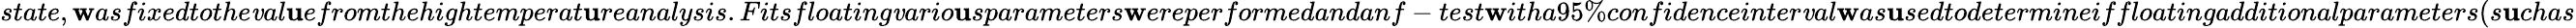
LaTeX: state,\mathbf{w}asfixedtothe\mathit{v}al\mathbf{u}efromthehightemperat\mathbf{u}reanalysis.Fitsfloating\mathit{v}ario\mathbf{u}sparameters\mathbf{w}ereperformedandanf-test\mathbf{w}itha95\% confidenceinter\mathit{v}al\mathbf{w}as\mathbf{u}sedtodetermineiffloatingadditionalparameters(s\mathbf{u}chas